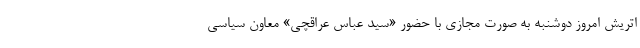
اتریش امروز دوشنبه به صورت مجازی با حضور «سید عباس عراقچی» معاون سیاسی